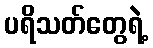
ပရိသတ်တွေရဲ့